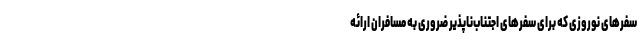
سفرهای نوروزی که برای سفرهای اجتناب‌ناپذیر ضروری به مسافران ارائه